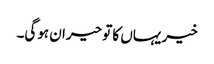
خیر یہاں کا تو حیران ہوگی۔